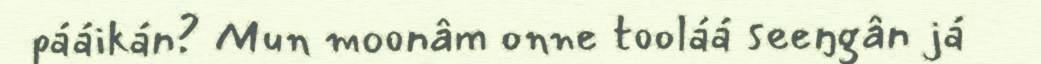
pááikán? Mun moonâm onne tooláá seeŋgân já